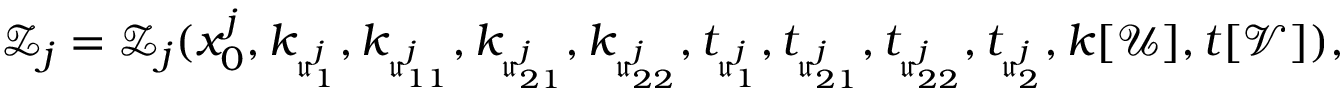
\mathcal Z _ { j } = \mathcal Z _ { j } ( x _ { 0 } ^ { j } , k _ { \mathfrak u _ { 1 } ^ { j } } , k _ { \mathfrak u _ { 1 1 } ^ { j } } , k _ { \mathfrak u _ { 2 1 } ^ { j } } , k _ { \mathfrak u _ { 2 2 } ^ { j } } , t _ { \mathfrak u _ { 1 } ^ { j } } , t _ { \mathfrak u _ { 2 1 } ^ { j } } , t _ { \mathfrak u _ { 2 2 } ^ { j } } , t _ { \mathfrak u _ { 2 } ^ { j } } , k [ \mathcal U ] , t [ \mathcal V ] ) ,